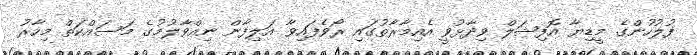
ފުލުހުންގެ މީޑިޔާ އޮފިޝަލް ވިދާޅުވީ އެއިމާރާތުގައި ރޯވެފައިވާ އަލިފާން ނިއްވާލުމުގެ މަސައްކަތް މިހާރު